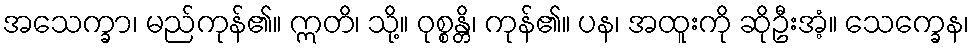
အသေက္ခာ၊ မည်ကုန်၏။ ဣတိ၊ သို့။ ဝုစ္စန္တိ၊ ကုန်၏။ ပန၊ အထူးကို ဆိုဦးအံ့။ သေက္ခေန၊